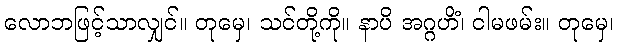
လောဘဖြင့်သာလျှင်။ တုမှေ၊ သင်တို့ကို။ နာပိ အဂ္ဂဟိံ၊ ငါမဖမ်း။ တုမှေ၊